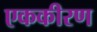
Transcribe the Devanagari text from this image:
एककीरण